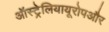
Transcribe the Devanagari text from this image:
ऑस्ट्रेलियायूरोपऔर